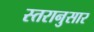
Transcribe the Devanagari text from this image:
स्तरानुसार